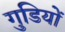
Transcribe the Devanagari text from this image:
गुडियों